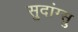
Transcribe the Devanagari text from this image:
सुदांग्सु